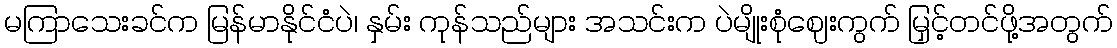
မကြာသေးခင်က မြန်မာနိုင်ငံပဲ၊ နှမ်း ကုန်သည်များ အသင်းက ပဲမျိုးစုံဈေးကွက် မြှင့်တင်ဖို့အတွက်